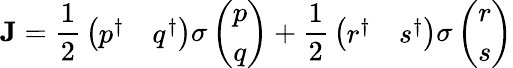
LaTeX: {\mathbf J}={\frac{1}{2}}\left(\begin{array}{cc}{{p^{\dagger}}}&{{q^{\dagger}}}\end{array}\right){\mathbf\sigma}\left(\begin{array}{c}{{p}}\\ {{q}}\end{array}\right)+{\frac{1}{2}}\left(\begin{array}{cc}{{r^{\dagger}}}&{{s^{\dagger}}}\end{array}\right){\mathbf\sigma}\left(\begin{array}{c}{{r}}\\ {{s}}\end{array}\right)